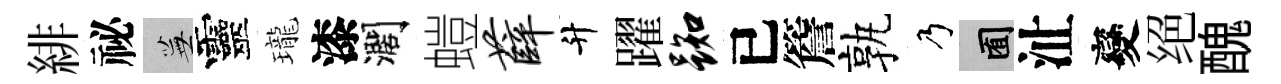
緋祕蕪靈瓏漆濶螘薛升躍踟已簷孰乃囿沚變绝醜